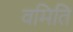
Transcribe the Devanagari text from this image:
वमिति